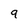
Character: 9